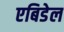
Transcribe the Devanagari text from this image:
एबिडेल